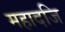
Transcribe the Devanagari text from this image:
महादजि